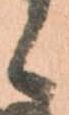
候